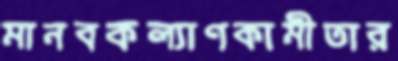
মানবকল্যাণকামীতার